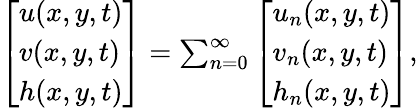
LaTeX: \begin{array}{r}{\left[\begin{array}{l}{u(x,y,t)}\\ {v(x,y,t)}\\ {h(x,y,t)}\end{array}\right]=\sum_{n=0}^{\infty}\left[\begin{array}{l}{u_{n}(x,y,t)}\\ {v_{n}(x,y,t)}\\ {h_{n}(x,y,t)}\end{array}\right],}\end{array}